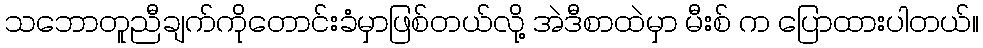
သဘောတူညီချက်ကိုတောင်းခံမှာဖြစ်တယ်လို့ အဲဒီစာထဲမှာ မီးစ် က ပြောထားပါတယ်။